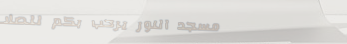
مسجد النور يرحب بكم للصلا